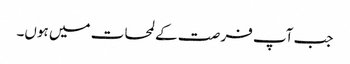
جب آپ فر صت کے لمحات میں ہوں۔